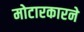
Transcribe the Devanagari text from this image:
मोटारकारने